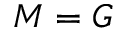
M = G